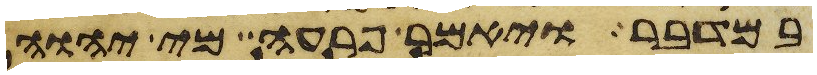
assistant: במדבר ויאמר פרעה מי יהוה